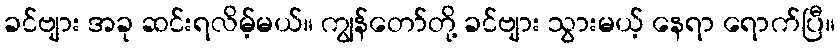
ခင်ဗျား အခု ဆင်းရလိမ့်မယ်။ ကျွန်တော်တို့ ခင်ဗျား သွားမယ့် နေရာ ရောက်ပြီ။